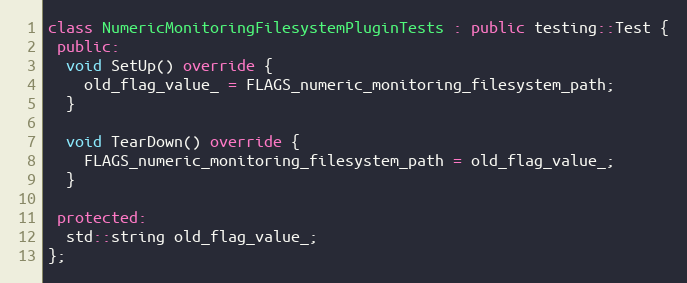
Language: C++
class NumericMonitoringFilesystemPluginTests : public testing::Test {
 public:
  void SetUp() override {
    old_flag_value_ = FLAGS_numeric_monitoring_filesystem_path;
  }

  void TearDown() override {
    FLAGS_numeric_monitoring_filesystem_path = old_flag_value_;
  }

 protected:
  std::string old_flag_value_;
};